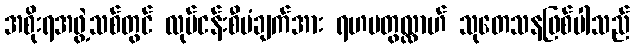
အစိုးရအဖွဲ့သစ်တွင် လုပ်ငန်းစီမံချက်အား ရဟမတွလ္လာဟ် သုတေသနဖြစ်ပါသည်